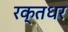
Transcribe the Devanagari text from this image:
रक्तधर